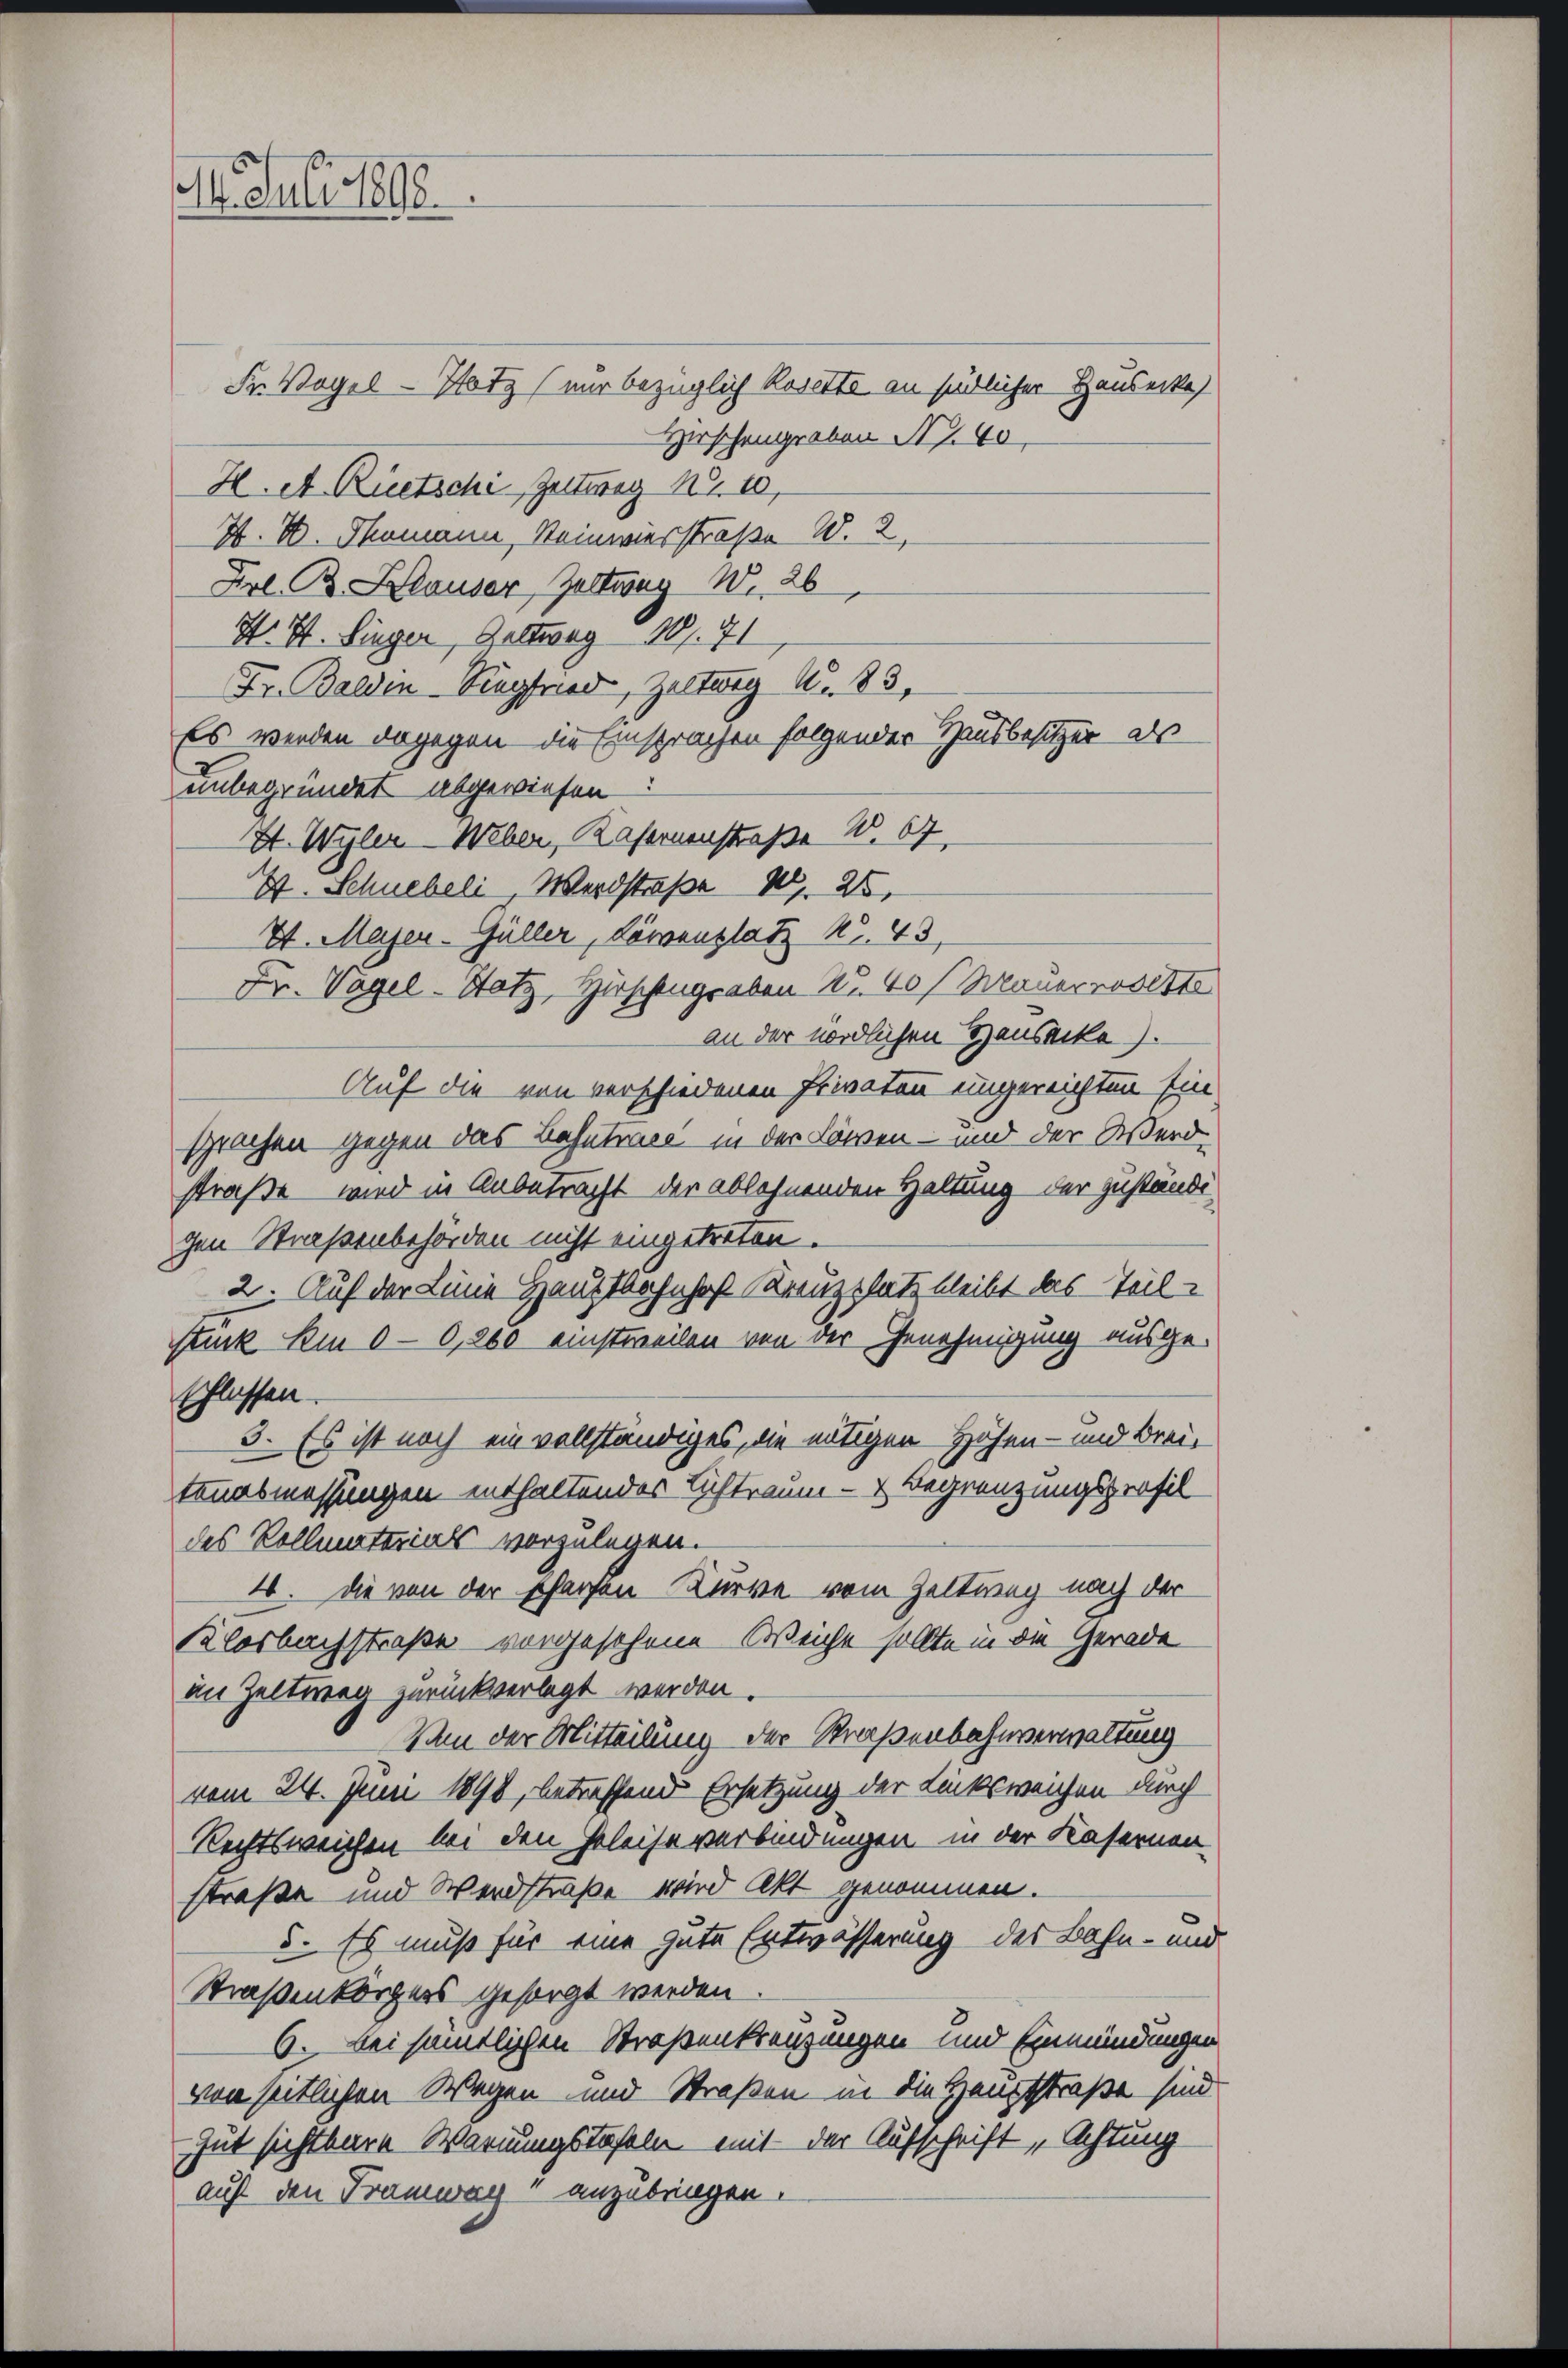
14. Juli 1898

Fr. Vogel-Hotz (nur bezüglich Rosette an südlicher Hausecke
Hirschengraben Nr. 40
H. A. Rietsche Zeltweg Nr. 10,
Z. W. Thomann, Reinwiesstraße W. 2,
Frl. B. Klauser Zeltweg No 26
H. H. Lieger, Geltweg 187. 71
Fr. Balden-Siegfried, Zeltung Nr. 83,
Es werden dagegen die Einsprachen folgender Hausbesitzer als
unbegründet abgewiesen:
I. Wylen Weber, Kasernenstraße 2. 67.
E. Schwebeli Werdstraße 1, 25.
St. Majer-Güller, Löwenplatz No. 43,
Fr. Vogel-Hotz, Hirschengraben Nr. 40 f Mauerrodette
an der nördlichen Hausacke).
Auf die von verschiedenen Privaten ungereichten Ein
sprochen gegen das Bahntrage in der Löwen- und der Werd
straße wird in Anbetracht der ablehnenden Haltung der zuständigen Straßenbehörden nicht eingetreten.
2. Auf der Linie Hauptbahnhof Kreuzplatz bleibt das Teil-
Stuck Am 0— 0,260 einstweilen von der Genehmigung ausgeschlassen.
3. Es ist noch ein vollständiges, die nötigen Höhen- und Breitanasmessungen enthaltender Lichtraum- & Begrenzungsprofil
des Kollmaterials vorzulegen.
4. die von der scharfen Kurve vom Zeltung nach der
Klosbachstraße vorgesehene Weiche sollte in die Gerade
an Zeltweg zurückverlegt werden
Von der Mitteilung der Straßenbahnverwaltung
vom 24. Juni 1890, betreffend Ersetzung der Linksweichen durch
Rechtsweichen bei den Geleise verbindungen in der Kasernen-
straße und Werdstraße wird Akt genommen.
5. Es muß für eine gute Entwässerung der Bahn- und
Straßenkörpers gesorgt werden.
6. bei sämtlichen Straßenkreuzungen und Einmündungen
von seitlichen Wegen und Straßen in die Hauptstraße sind
Gut sichtbare Warnungstafeln mit der Aufschrift „Achtung
auf den Tramway anzubringen.